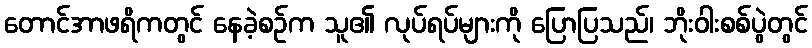
တောင်အာဖရိကတွင် နေခဲ့စဉ်က သူ၏ လုပ်ရပ်များကို ပြောပြသည်၊ ဘိုးဝါးစစ်ပွဲတွင်